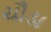
ચૌડા